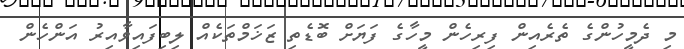
މި ދެމީހުންގެ ތެރެއިން ފިރިހެން މީހާގެ ފަޔަށް ބޮޑެތި ޒަޚަމްތަކެއް ލިބިފައިވާއިރު އަންހެން